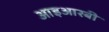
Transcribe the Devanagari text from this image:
आइआरबी